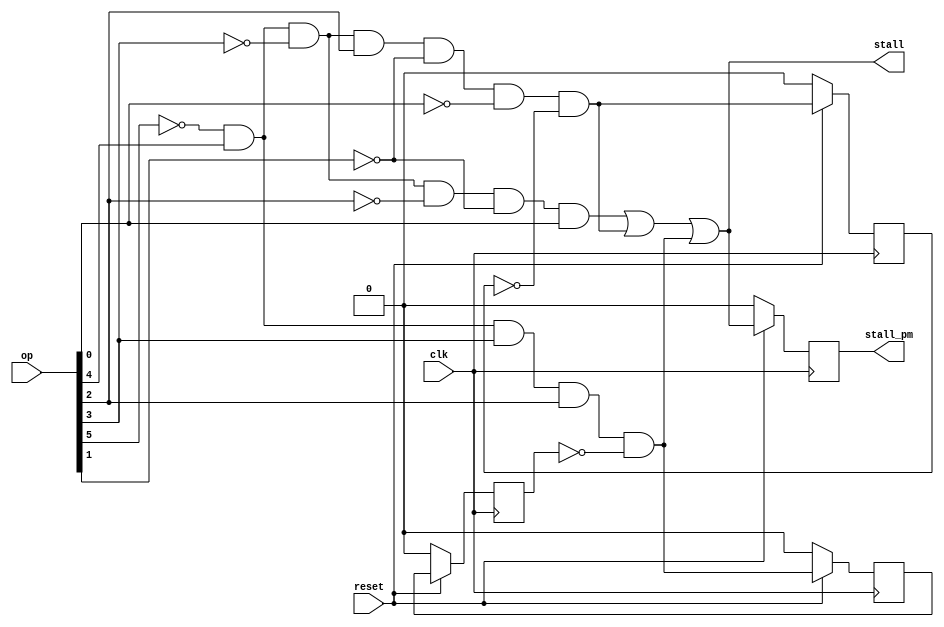
`timescale 1ns / 1ps
//----------------------------------------------------------------------
//Module Name :- Stall Control Block
//----------------------------------------------------------------------

module SC_block(stall, stall_pm, op, clk, reset);

output stall;
output reg stall_pm;

input [5:0] op;
input clk, reset;

wire hlt, ld, jmp;
wire ld_fb_temp, ljmp_fb1_temp, jmp_fb2_temp, stall_pm_temp; 

reg ld_fb, jmp_fb1, jmp_fb2; 
 
assign hlt = (~op[5])&(op[4])&(~op[3])&(~op[2])&(~op[1])&(op[0]);
assign ld = (~op[5])&(op[4])&(~op[3])&(op[2])&(~op[1])&(~op[0])&(~ld_fb);
assign jmp = (~op[5])&(op[4])&(op[3])&(op[2])&(~jmp_fb2);

assign stall = hlt|ld|jmp;

assign jmp_fb2_temp = (reset == 1'b0) ? 1'b0 : jmp_fb1;
assign jmp_fb1_temp = (reset == 1'b0) ? 1'b0 : jmp;
assign ld_fb_temp = (reset == 1'b0) ? 1'b0 : ld;
assign stall_pm_temp = (reset == 1'b0) ? 1'b0 : stall;

always@(posedge clk )
begin
		jmp_fb2 <= jmp_fb2_temp;
		jmp_fb1 <= jmp_fb1_temp;
		ld_fb <= ld_fb_temp;
		stall_pm <= stall_pm_temp;
end

endmodule